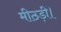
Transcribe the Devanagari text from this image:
मीठड़ी।